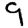
Digit: 9